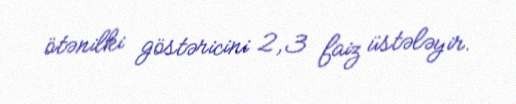
ötənilki göstəricini 2,3 faiz üstələyir.